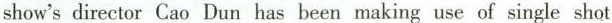
show's director Cao Dun has been making use of single shot